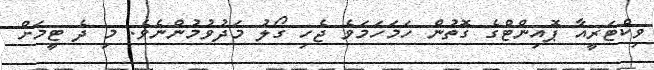
ވިކްޓަރީއާ ޕޮއިންޓްގެ ގޮތުން ހަމަހަމަވެ ޖެހި ގޯލު މަދުވުމުންނެވެ. މި ދެ ޓީމަށް